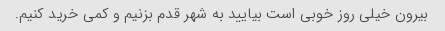
بیرون خیلی روز خوبی است بیایید به شهر قدم بزنیم و کمی خرید کنیم.